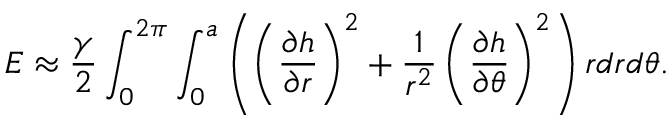
E \approx \frac { \gamma } { 2 } \int _ { 0 } ^ { 2 \pi } \int _ { 0 } ^ { a } \left( \left( \frac { \partial h } { \partial r } \right) ^ { 2 } + \frac { 1 } { r ^ { 2 } } \left( \frac { \partial h } { \partial \theta } \right) ^ { 2 } \right) r d r d \theta .